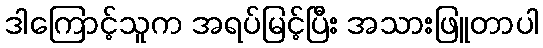
ဒါကြောင့်သူက အရပ်မြင့်ပြီး အသားဖြူတာပါ